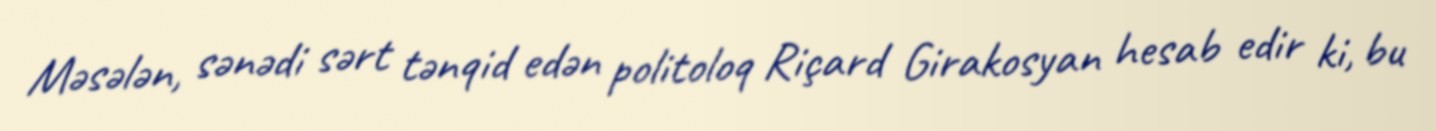
Məsələn, sənədi sərt tənqid edən politoloq Riçard Girakosyan hesab edir ki, bu